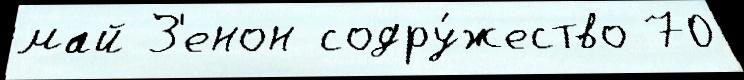
май З'енон содру́жество 70